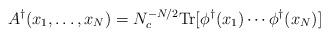
LaTeX: \begin{align*}A^\dagger(x_1,\ldots,x_N) = N_c^{-N/2}{\rm Tr}[\phi^\dagger(x_1)\cdots \phi^\dagger(x_N)]\end{align*}